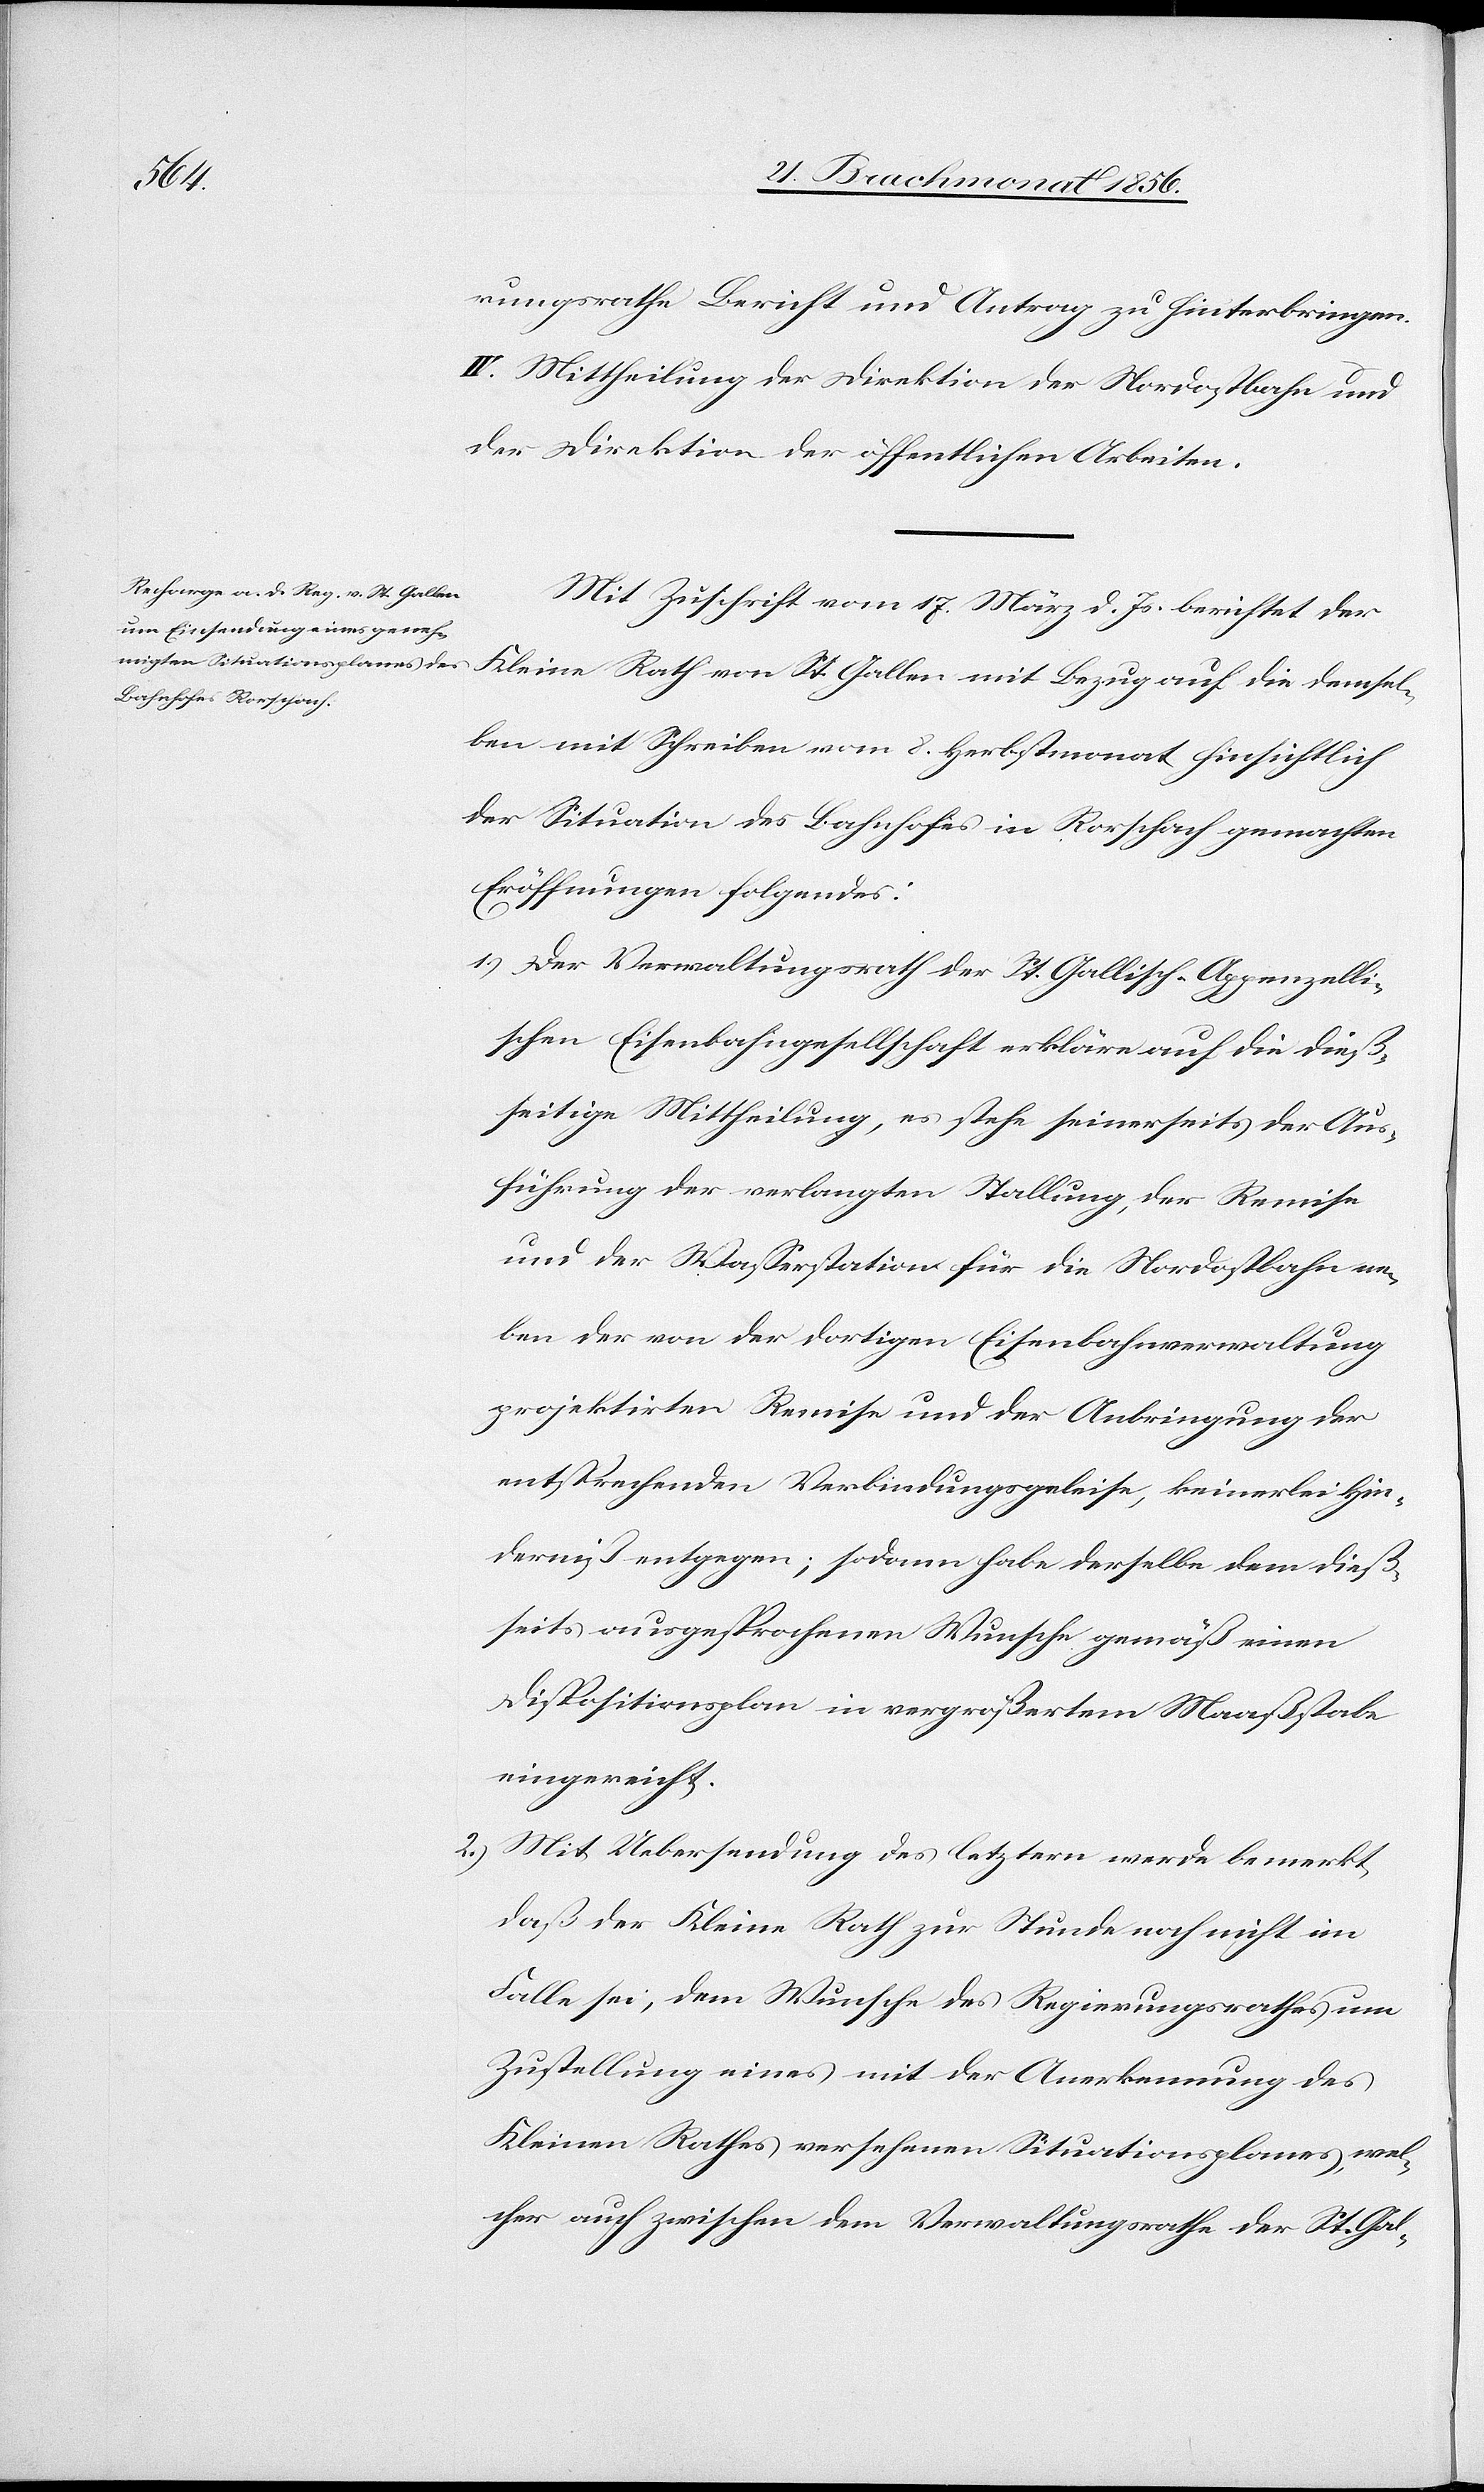
rungsrathe Bericht und Antrag zu hinterbringen.
IV. Mittheilung der Direktion der Nordostbahn und
der Direktion der öffentlichen Arbeiten.
Mit Zuschrift vom 17. März d. Js. berichtet der
Kleine Rath von St. Gallen mit Bezug auf die demsel¬
ben mit Schreiben vom 8. Herbstmonat hinsichtlich
der Situation des Bahnhofes in Rorschach gemachten
Eröffnungen folgendes:
1.) Der Verwaltungsrath der St. Gallisch-Appenzelli¬
schen Eisenbahngesellschaft erkläre auf die dieß¬
seitige Mittheilung, es stehe seinerseits der Aus¬
führung der verlangten Stallung, der Remise
und der Wasserstation für die Nordostbahn ne¬
ben der von der dortigen Eisenbahnverwaltung
projektirten Remise und der Anbringung der
entsprechenden Verbindungsgeleise, keinerlei Hin¬
derniß entgegen; sodann habe derselbe dem dieß¬
seits ausgesprochenen Wunsche gemäß einen
Dispositionsplan in vergrößertem Maaßstabe
eingereicht.
2.) Mit Uebersendung des letztern werde bemerkt,
daß der Kleine Rath zur Stunde noch nicht im
Falle sei, dem Wunsche des Regierungsrathes um
Zustellung eines mit der Anerkennung des
Kleinen Rathes versehenen Situationsplanes, wel¬
cher auch zwischen dem Verwaltungsrathe der St. Gal-